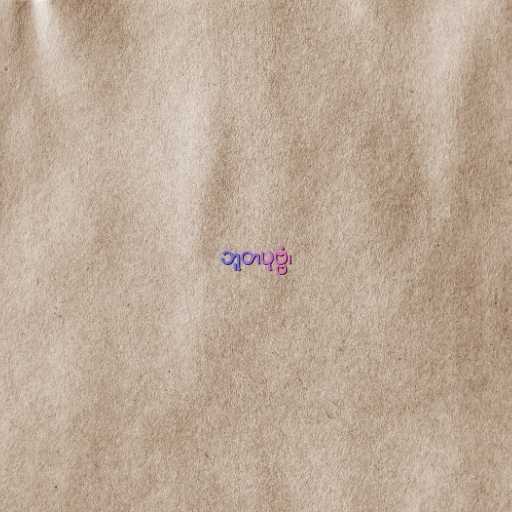
ဘူတပုဗ္ဗံ၊